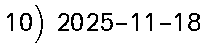
10) 2025-11-18